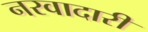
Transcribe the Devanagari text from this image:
नरवादारी